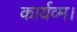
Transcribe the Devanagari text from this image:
कार्यव्म।